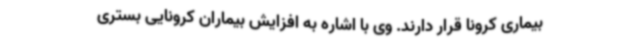
بیماری کرونا قرار دارند. وی با اشاره به افزایش بیماران کرونایی بستری